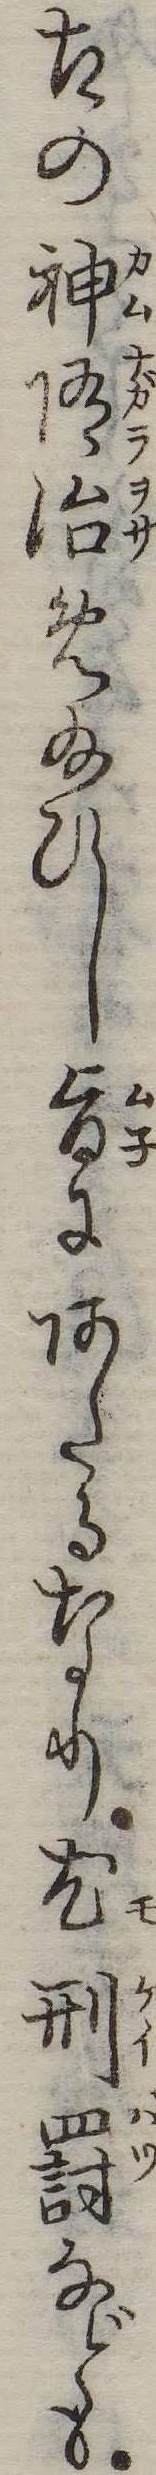
古の神随治め給ひし旨にあたるなり尤刑罰なども